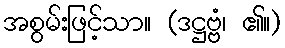
အစွမ်းဖြင့်သာ။ (ဒဋ္ဌဗ္ဗံ၊ ၏။)